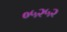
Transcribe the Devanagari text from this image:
०५२५२